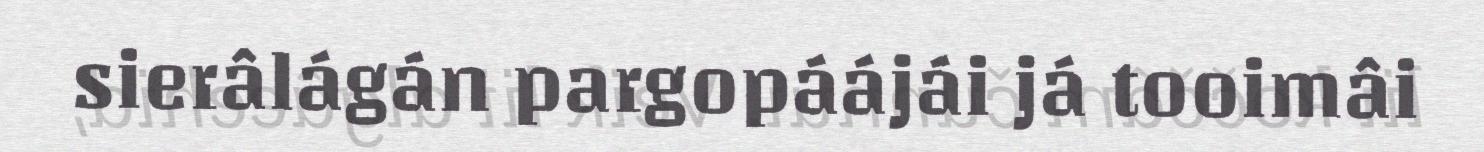
sierâlágán pargopáájái já tooimâi